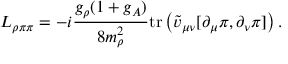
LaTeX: { \cal L } _ { \rho \pi \pi } = - i \frac { g _ { \rho } ( 1 + g _ { A } ) } { 8 m _ { \rho } ^ { 2 } } \mathrm { t r } \left( \tilde { v } _ { \mu \nu } [ \partial _ { \mu } { \pi } , \partial _ { \nu } { \pi } ] \right) .